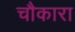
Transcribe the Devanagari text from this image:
चौकारा